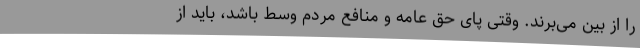
را از بین می‌برند. وقتی پای حق عامه و منافع مردم وسط باشد، باید از